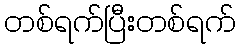
တစ်ရက်ပြီးတစ်ရက်